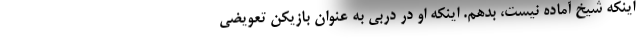
اینکه شیخ آماده نیست، بدهم. اینکه او در دربی به عنوان بازیکن تعویضی